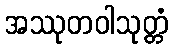
အဿုတဝါသုတ္တံ